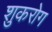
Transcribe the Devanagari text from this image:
शुकरोग